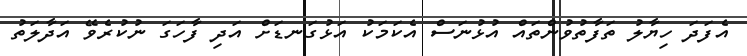
އެފަދަ ހިޔާލު ތަފާތުވުންތައް އުޅުނަސް އެކަމަކު އަޅުގަނޑަށް އަދި ފާހަގަ ނުކުރެވޭ އަދާލަތު